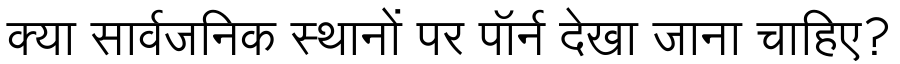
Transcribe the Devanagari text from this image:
क्या सार्वजनिक स्थानों पर पॉर्न देखा जाना चाहिए?